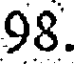
98.